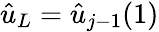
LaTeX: \hat{u}_{L}={\hat{u}}_{j-1}(1)